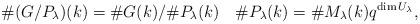
LaTeX: \begin{align*}\# (G/P_\lambda)(k) = \# G(k) / \# P_\lambda(k)\quad\# P_\lambda(k) = \# M_\lambda(k) q^{\dim U_\lambda},\end{align*}